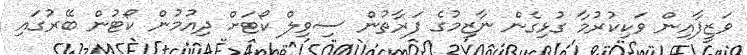
ވަޒީފާއިން ވަކިކުރުމާ ގުޅިގެން ނާޒިމުގެ ފަރާތުން ސިވިލް ކޯޓަށް ދިއުމުން ކޯޓުން ބޭރުގައި